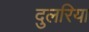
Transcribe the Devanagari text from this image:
दुलरिया